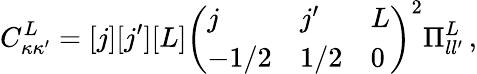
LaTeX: C_{\kappa\kappa^{\prime}}^{L}=[j][j^{\prime}][L]\left(\begin{array}{lll}{j}&{j^{\prime}}&{L}\\ {-1/2}&{1/2}&{0}\end{array}\right)^{2}\Pi_{ll^{\prime}}^{L}\, ,